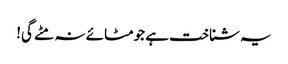
یہ شناخت ہے جومٹائے نہ مٹے گی!